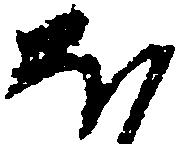
ほ